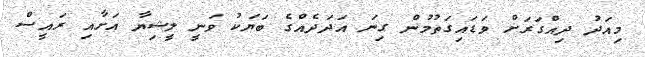
މިއަދު ދިއްގަރަށް ވަޑައިގަތުމުން ގިނަ އަދަދެއްގެ ބަޔަކު ވަނީ ލީޝިޔާ އަށާއި ރައީސް